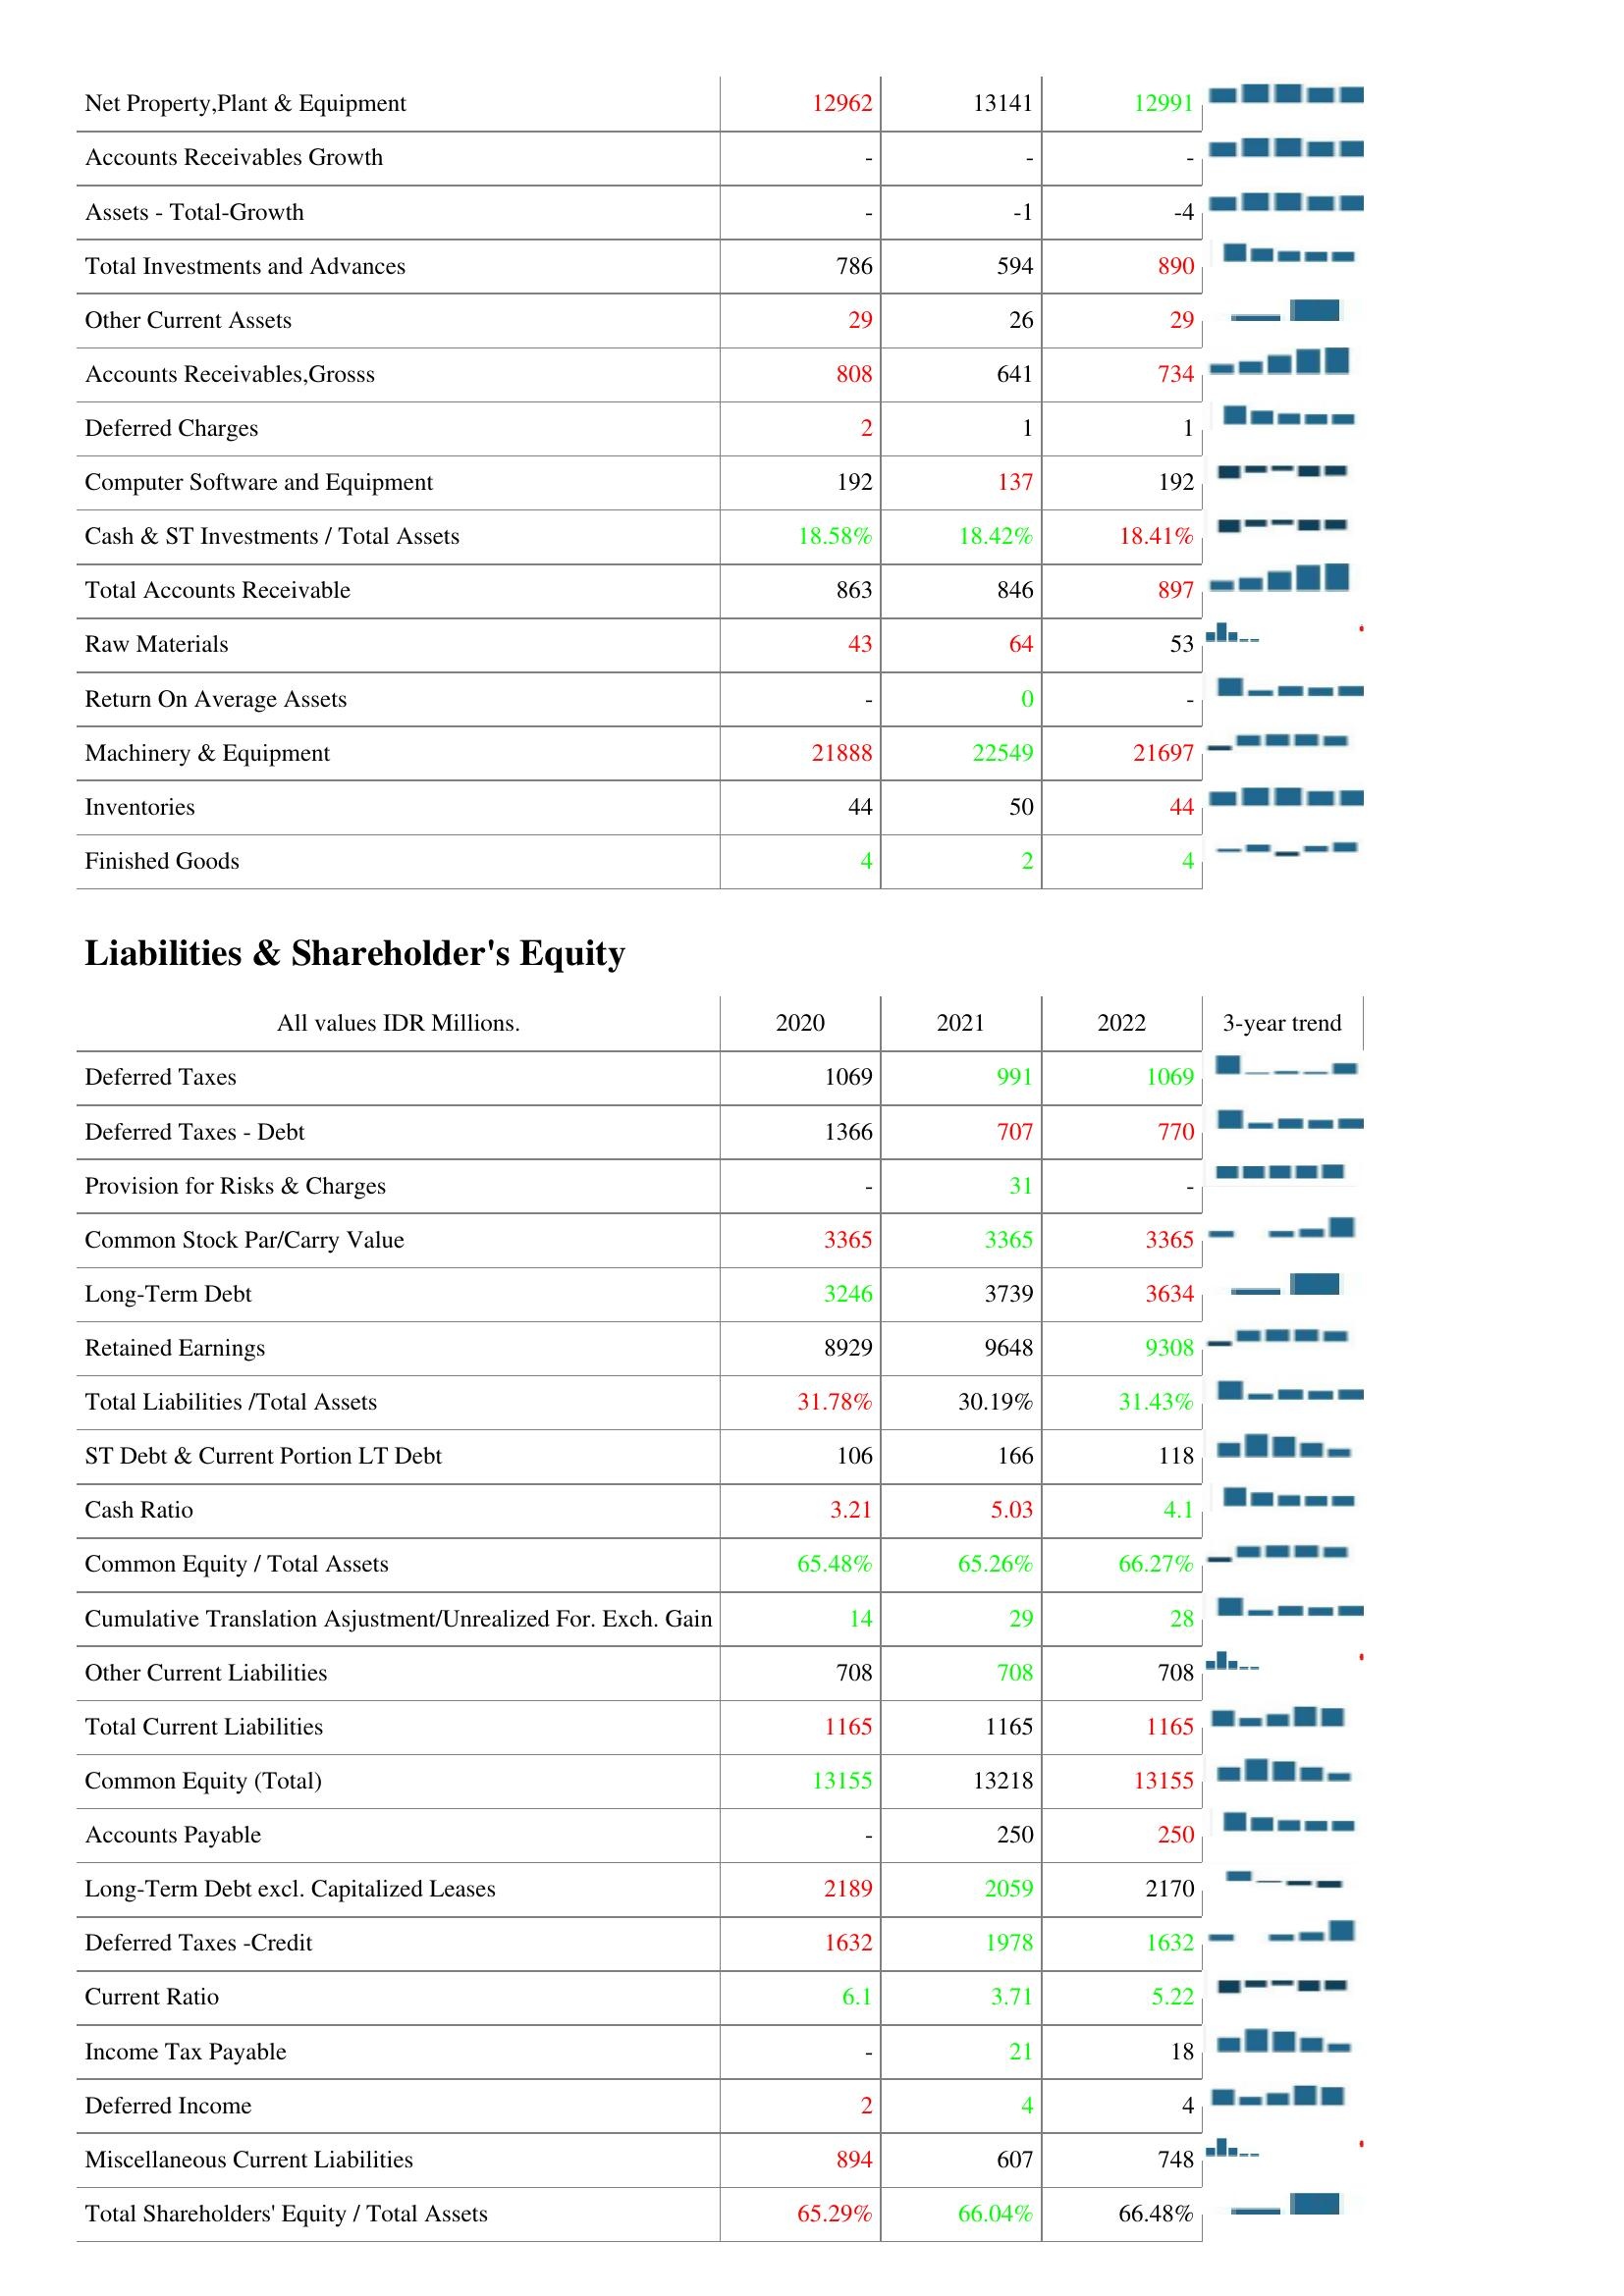
2020: Assets: Net Property,Plant & Equipment: 12962
Accounts Receivables Growth: -
Assets - Total-Growth: -
Total Investments and Advances: 786
Other Current Assets: 29
Accounts Receivables,Grosss: 808
Deferred Charges: 2
Computer Software and Equipment: 192
Cash & ST Investments / Total Assets: 18.58%
Total Accounts Receivable: 863
Raw Materials: 43
Return On Average Assets: -
Machinery & Equipment: 21888
Inventories: 44
Finished Goods: 4
Liabilities & Shareholder's Equity: Deferred Taxes: 1069
Deferred Taxes - Debt: 1366
Provision for Risks & Charges: -
Common Stock Par/Carry Value: 3365
Long-Term Debt: 3246
Retained Earnings: 8929
Total Liabilities /Total Assets: 31.78%
ST Debt & Current Portion LT Debt: 106
Cash Ratio: 3.21
Common Equity / Total Assets: 65.48%
Cumulative Translation Asjustment/Unrealized For. Exch. Gain: 14
Other Current Liabilities: 708
Total Current Liabilities: 1165
Common Equity (Total): 13155
Accounts Payable: -
Long-Term Debt excl. Capitalized Leases: 2189
Deferred Taxes -Credit: 1632
Current Ratio: 6.1
Income Tax Payable: -
Deferred Income: 2
Miscellaneous Current Liabilities: 894
Total Shareholders' Equity / Total Assets: 65.29%
2021: Assets: Net Property,Plant & Equipment: 13141
Accounts Receivables Growth: -
Assets - Total-Growth: -1
Total Investments and Advances: 594
Other Current Assets: 26
Accounts Receivables,Grosss: 641
Deferred Charges: 1
Computer Software and Equipment: 137
Cash & ST Investments / Total Assets: 18.42%
Total Accounts Receivable: 846
Raw Materials: 64
Return On Average Assets: 0
Machinery & Equipment: 22549
Inventories: 50
Finished Goods: 2
Liabilities & Shareholder's Equity: Deferred Taxes: 991
Deferred Taxes - Debt: 707
Provision for Risks & Charges: 31
Common Stock Par/Carry Value: 3365
Long-Term Debt: 3739
Retained Earnings: 9648
Total Liabilities /Total Assets: 30.19%
ST Debt & Current Portion LT Debt: 166
Cash Ratio: 5.03
Common Equity / Total Assets: 65.26%
Cumulative Translation Asjustment/Unrealized For. Exch. Gain: 29
Other Current Liabilities: 708
Total Current Liabilities: 1165
Common Equity (Total): 13218
Accounts Payable: 250
Long-Term Debt excl. Capitalized Leases: 2059
Deferred Taxes -Credit: 1978
Current Ratio: 3.71
Income Tax Payable: 21
Deferred Income: 4
Miscellaneous Current Liabilities: 607
Total Shareholders' Equity / Total Assets: 66.04%
2022: Assets: Net Property,Plant & Equipment: 12991
Accounts Receivables Growth: -
Assets - Total-Growth: -4
Total Investments and Advances: 890
Other Current Assets: 29
Accounts Receivables,Grosss: 734
Deferred Charges: 1
Computer Software and Equipment: 192
Cash & ST Investments / Total Assets: 18.41%
Total Accounts Receivable: 897
Raw Materials: 53
Return On Average Assets: -
Machinery & Equipment: 21697
Inventories: 44
Finished Goods: 4
Liabilities & Shareholder's Equity: Deferred Taxes: 1069
Deferred Taxes - Debt: 770
Provision for Risks & Charges: -
Common Stock Par/Carry Value: 3365
Long-Term Debt: 3634
Retained Earnings: 9308
Total Liabilities /Total Assets: 31.43%
ST Debt & Current Portion LT Debt: 118
Cash Ratio: 4.1
Common Equity / Total Assets: 66.27%
Cumulative Translation Asjustment/Unrealized For. Exch. Gain: 28
Other Current Liabilities: 708
Total Current Liabilities: 1165
Common Equity (Total): 13155
Accounts Payable: 250
Long-Term Debt excl. Capitalized Leases: 2170
Deferred Taxes -Credit: 1632
Current Ratio: 5.22
Income Tax Payable: 18
Deferred Income: 4
Miscellaneous Current Liabilities: 748
Total Shareholders' Equity / Total Assets: 66.48%